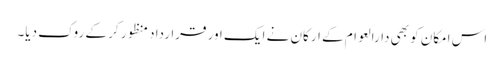
اس امکان کو بھی دارالعوام کے ارکان نے ایک اور قرارداد منظور کر کے روک دیا۔